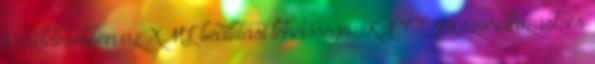
Részletesebben az XML beállítási lehetőségei: KATT. Jó szórakozást, és